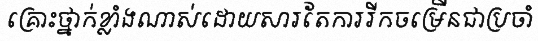
គ្រោះថ្នាក់ខ្លាំងណាស់ដោយសារតែការរីកចម្រើនជាប្រចាំ